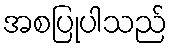
အစပြုပါသည်